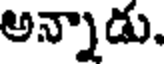
అన్నాడు.